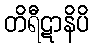
တိရီဋာနိပိ